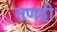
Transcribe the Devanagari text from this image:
तणही